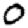
Digit: 0